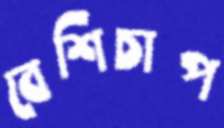
বেশিচাপ